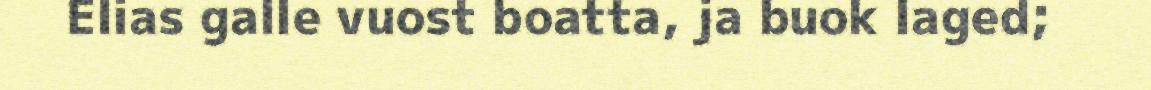
Elias galle vuost boatta, ja buok laged;